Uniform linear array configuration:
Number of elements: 4
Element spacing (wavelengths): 0.25
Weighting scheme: cosine
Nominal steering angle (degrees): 30
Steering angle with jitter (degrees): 31.23
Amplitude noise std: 0.05
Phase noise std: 0.05

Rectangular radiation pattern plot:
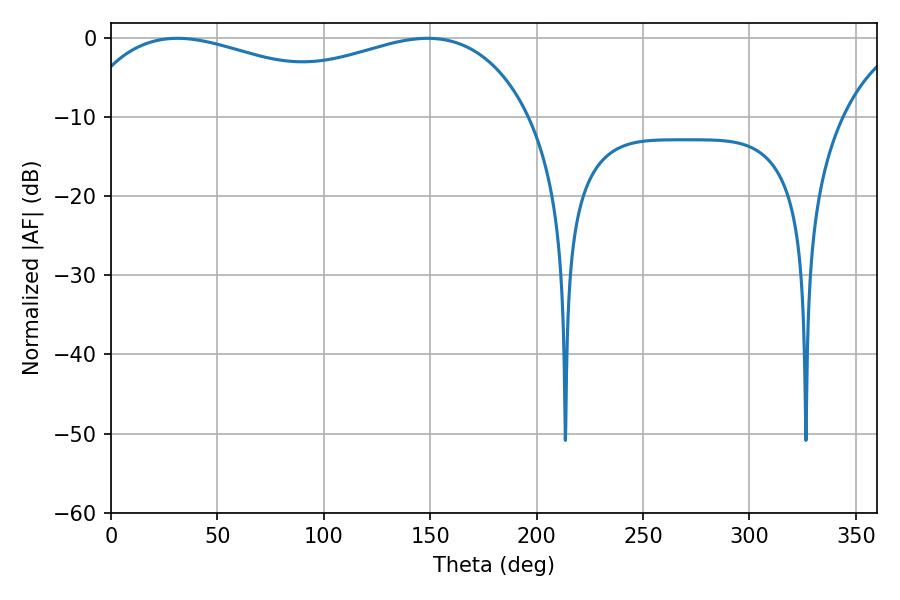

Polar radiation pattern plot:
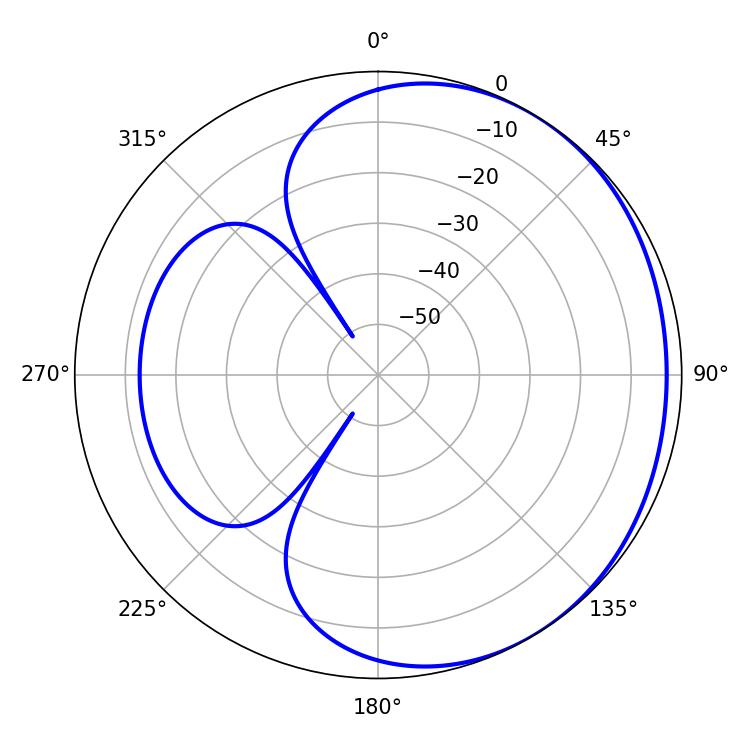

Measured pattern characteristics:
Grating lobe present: FALSE
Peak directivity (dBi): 1.668
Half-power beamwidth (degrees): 175.32
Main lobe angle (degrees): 31.14